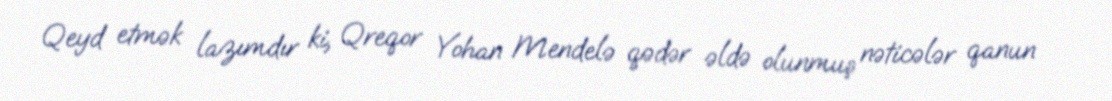
Qeyd etmək lazımdır ki, Qreqor Yohan Mendelə qədər əldə olunmuş nəticələr qanun